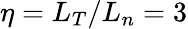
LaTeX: \eta=L_{T}/L_{n}=3